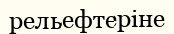
рельефтеріне